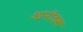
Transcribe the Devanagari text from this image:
आपीलक